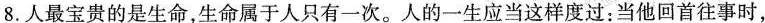
8.人最宝贵的是生命，生命属于人只有一次。人的一生应当这样度过：当他回首往事时，